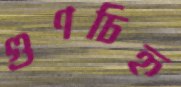
গুণচিহ্ন